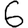
Digit: 6